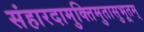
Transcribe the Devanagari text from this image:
संहारदामुक्तिमुतासुभूतम्